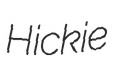
Hickie